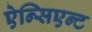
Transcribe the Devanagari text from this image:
ऐन्सिएन्ट